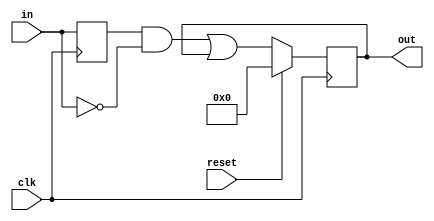
module top_module(
  input clk,
  input reset,
  input [31:0] in,
  output [31:0] out
);

reg [31:0] inPast;

always @(posedge clk) begin
  inPast <= in;
  if(reset) begin
    out = 32'b0;
  end else begin
    out = (inPast & ~in) | out; 
    // 과거 입력이 1 현재 입력이 0인 edge일때 1이 되야됨
    // 이전 출력이 1이었으면 이를 유지 시켜주기 위해 이전 출력과 or함
  end
end

endmodule